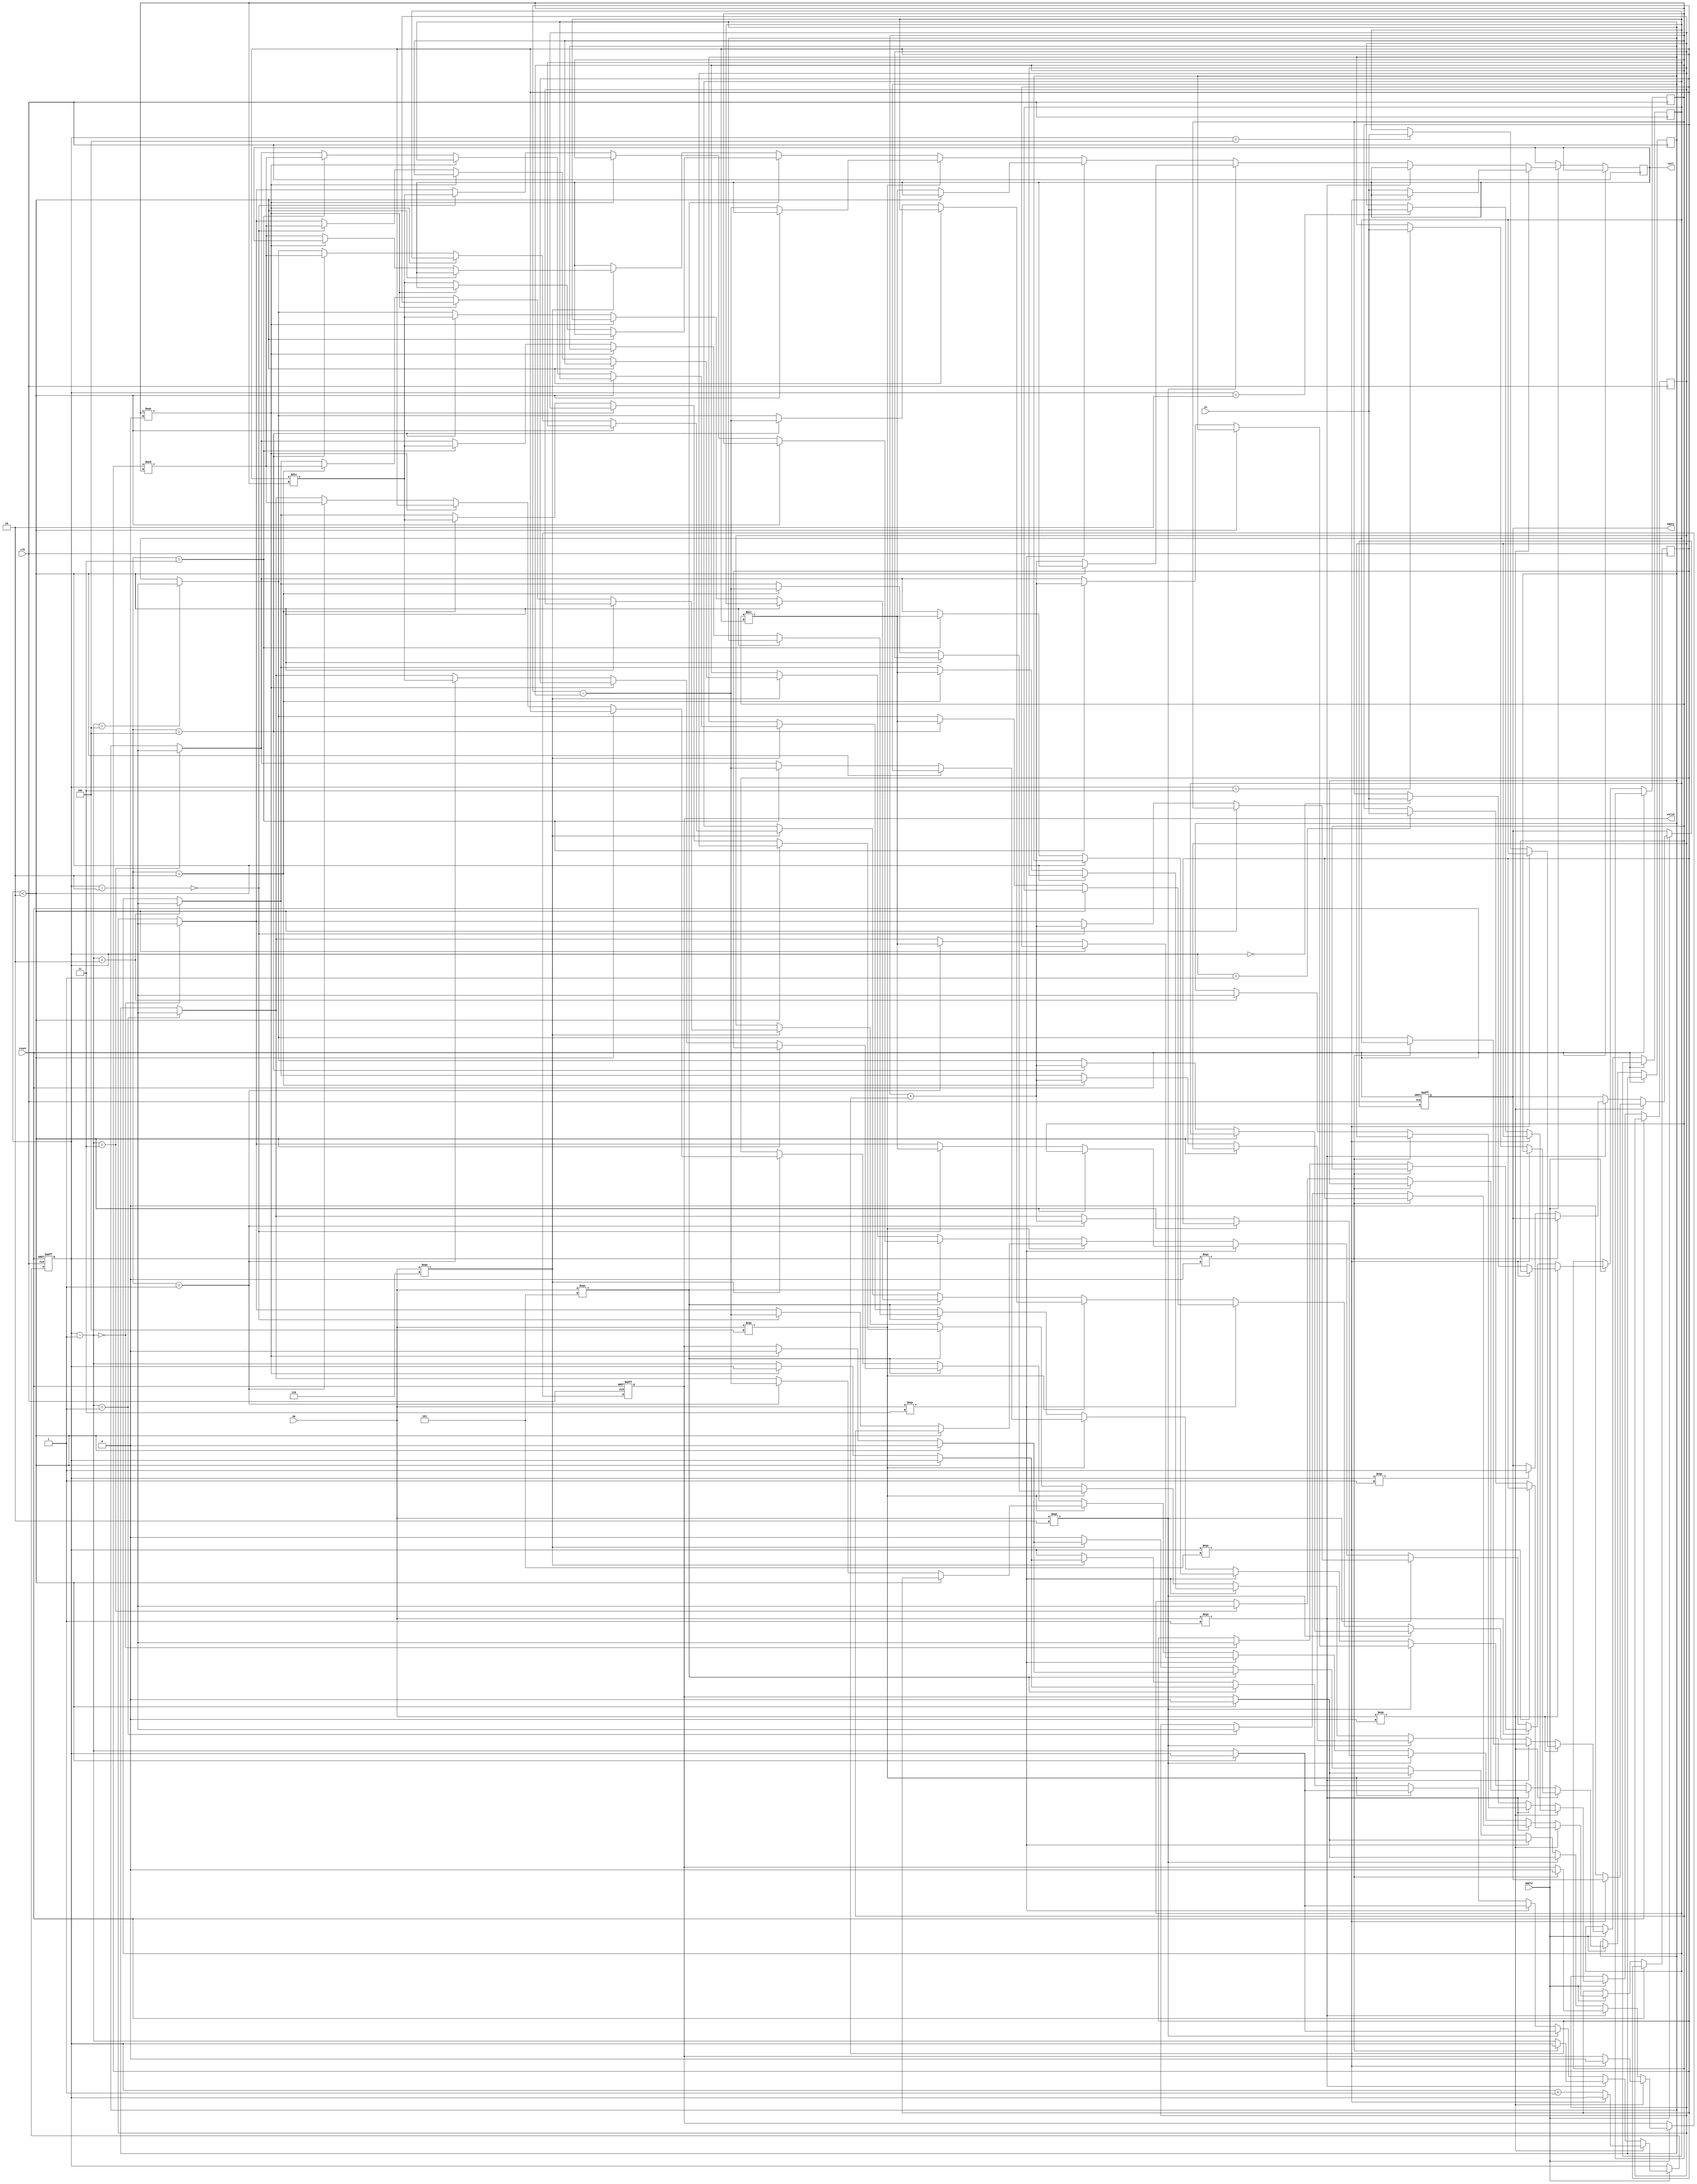
module main(in, op, apply, tail, valid, empty, clk, reset);
    parameter WIDTH = 8;
    parameter QUEUE_SIZE = 5;

    input clk, reset, apply;
    input [WIDTH - 1 : 0] in;
    input [2 : 0] op;

    output reg [WIDTH - 1 : 0] tail;
    output reg valid;
    output reg empty;

    reg [WIDTH - 1 : 0] queue [QUEUE_SIZE-1 : 0];
    reg [2 : 0] size;
    reg [WIDTH - 1 : 0] op1, op2;
    integer i;

    always @(posedge clk or posedge reset)
        if (reset) begin
            valid <= 1;
            empty <= 1;
            size <= 0;
        end

        else
            if (apply) begin
                if (op === 0) begin
                    if (size === 5) valid <= 0;
                    else begin
                        size <= size + 1;
                        queue[size] = in;
                        tail <= in;
                        empty <= 0;
                    end
                end
                
                else if (op === 1) begin
                    if (size === 0) valid <= 0;
                    else begin
                        for (i = 0; i < QUEUE_SIZE - 1; i = i + 1) begin
                            queue[i] <= queue[i+1];
                        end;

                        queue[size - 1] <= 8'bx;

                        if (size === 1) empty <= 1;
                        size <= size - 1;
                    end
                end
                
                else if (op === 2) begin
                    if (size < 2) valid <= 0;
                    else begin
                        for (i = 0; i < QUEUE_SIZE - 2; i = i + 1) begin
                            queue[i] <= queue[i+2];
                        end;

                        queue[size - 1] <= 8'bx;
                        queue[size - 2] <= queue[0] + queue[1];

                        size <= size - 1;
                        tail <= queue[0] + queue[1];
                    end
                end
                
                else if (op === 3) begin
                    if (size < 2) valid <= 0;
                    else begin
                        for (i = 0; i < QUEUE_SIZE - 2; i = i + 1) begin
                            queue[i] <= queue[i+2];
                        end;

                        queue[size - 1] <= 8'bx;
                        queue[size - 2] <= queue[0] * queue[1];

                        size <= size - 1;
                        tail <= queue[0] * queue[1];
                    end
                end

                else if (op === 4) begin
                    if (size < 2) valid <= 0;
                    else begin
                        for (i = 0; i < QUEUE_SIZE - 2; i = i + 1) begin
                            queue[i] <= queue[i+2];
                        end;

                        queue[size - 1] <= 8'bx;
                        queue[size - 2] <= queue[1] - queue[0];

                        size <= size - 1;
                        tail <= queue[1] - queue[0];
                    end
                end
                
                else if (op === 5) begin
                    if (size < 2) valid <= 0;
                    else begin
                        if (queue[0] === 0) valid <= 0;
                        else begin
                            for (i = 0; i < QUEUE_SIZE - 2; i = i + 1) begin
                                queue[i] <= queue[i+2];
                            end;

                            queue[size - 1] <= 8'bx;
                            queue[size - 2] <= queue[1] / queue[0];

                            size <= size - 1;
                            tail <= queue[1] / queue[0];
                        end
                    end
                end
                
                else if (op === 6) begin
                    if (size < 2) valid <= 0;
                    else begin
                        if (queue[0] === 0) valid <= 0;
                        else begin
                            for (i = 0; i < QUEUE_SIZE - 2; i = i + 1) begin
                                queue[i] <= queue[i+2];
                            end;

                            queue[size - 1] <= 8'bx;
                            queue[size - 2] <= queue[1] % queue[0];

                            size <= size - 1;
                            tail <= queue[1] % queue[0];
                        end
                    end
                end
                
                else begin
                    valid <= 0;
                end
            end

endmodule // counter